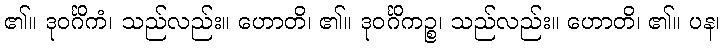
၏။ ဒုဝင်္ဂိကံ၊ သည်လည်း။ ဟောတိ၊ ၏။ ဒုဝင်္ဂိကဉ္စ၊ သည်လည်း။ ဟောတိ၊ ၏။ ပန၊